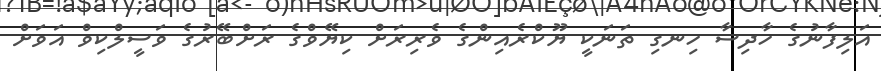
އަލިފާނުގެ ހާދިސާ ހިނގި ތަނަކީ ޔޫކްރެއިންގެ ވެރިރަށް ކިޔޭވްގެ ރަށްބޭރުގެ ވަސީލްކިވް އަވަށް